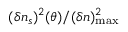
( \delta n _ { s } ) ^ { 2 } ( \theta ) / ( \delta n ) _ { \mathrm { m a x } } ^ { 2 }